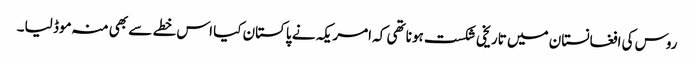
روس کی افغانستان میں تاریخی شکست ہونا تھی کہ امریکہ نے پاکستان کیا اس خطے سے بھی منہ موڈ لیا۔